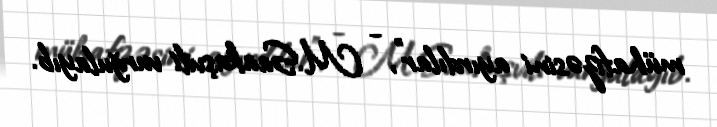
mühafizəsini ayırdılar", - M.Saakaşvili vurğulayıb.